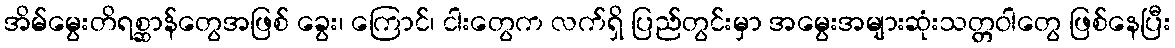
အိမ်မွေးတိရစ္ဆာန်တွေအဖြစ် ခွေး၊ ကြောင်၊ ငါးတွေက လက်ရှိ ပြည်တွင်းမှာ အမွေးအများဆုံးသတ္တဝါတွေ ဖြစ်နေပြီး